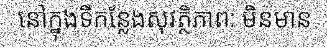
នៅក្នុងទីកន្លែងសុវត្ថិភាព: មិនមាន